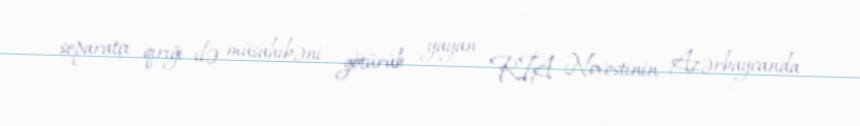
separatçı qırığı ilə müsahibəni götürüb yayan RİA Novostinin Azərbaycanda